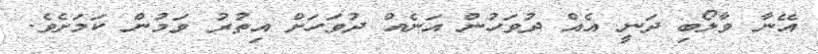
އޭނާ ވާލޯބި ދަނީ އެއް ދުވަހުން އަނެއް ދުވަހަށް އިތުރު ވަމުން ކަމަށެވެ.